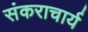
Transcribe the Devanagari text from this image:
संकराचार्य